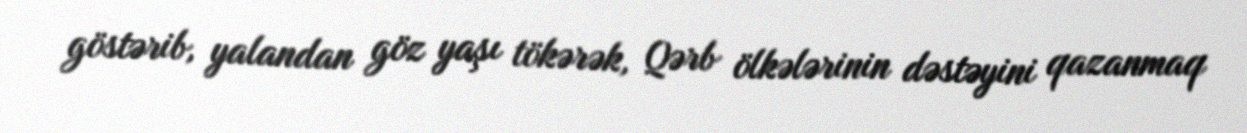
göstərib, yalandan göz yaşı tökərək, Qərb ölkələrinin dəstəyini qazanmaq